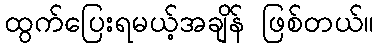
ထွက်ပြေးရမယ့်အချိန် ဖြစ်တယ်။